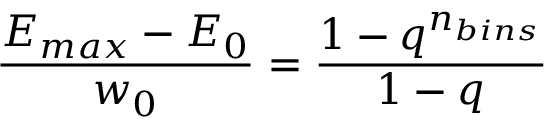
\frac { E _ { m a x } - E _ { 0 } } { w _ { 0 } } = \frac { 1 - q ^ { n _ { b i n s } } } { 1 - q }